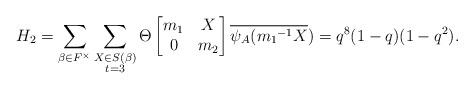
LaTeX: \begin{align*} H_2=\displaystyle \sum_{\beta \in F^{\times}} \sum_{\substack{X\in S(\beta) \\ t=3 }}\Theta \begin{bmatrix} m_1 & X\\0 & m_2\end{bmatrix}\overline{\psi_A({m_1}^{-1}X})=q^8(1-q)(1-q^2).\end{align*}